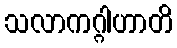
သလာကဂ္ဂါဟာတိ